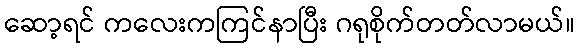
ဆော့ရင် ကလေးကကြင်နာပြီး ဂရုစိုက်တတ်လာမယ်။